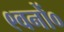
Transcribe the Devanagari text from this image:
९वनों०